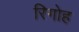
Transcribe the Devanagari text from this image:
रिगोह